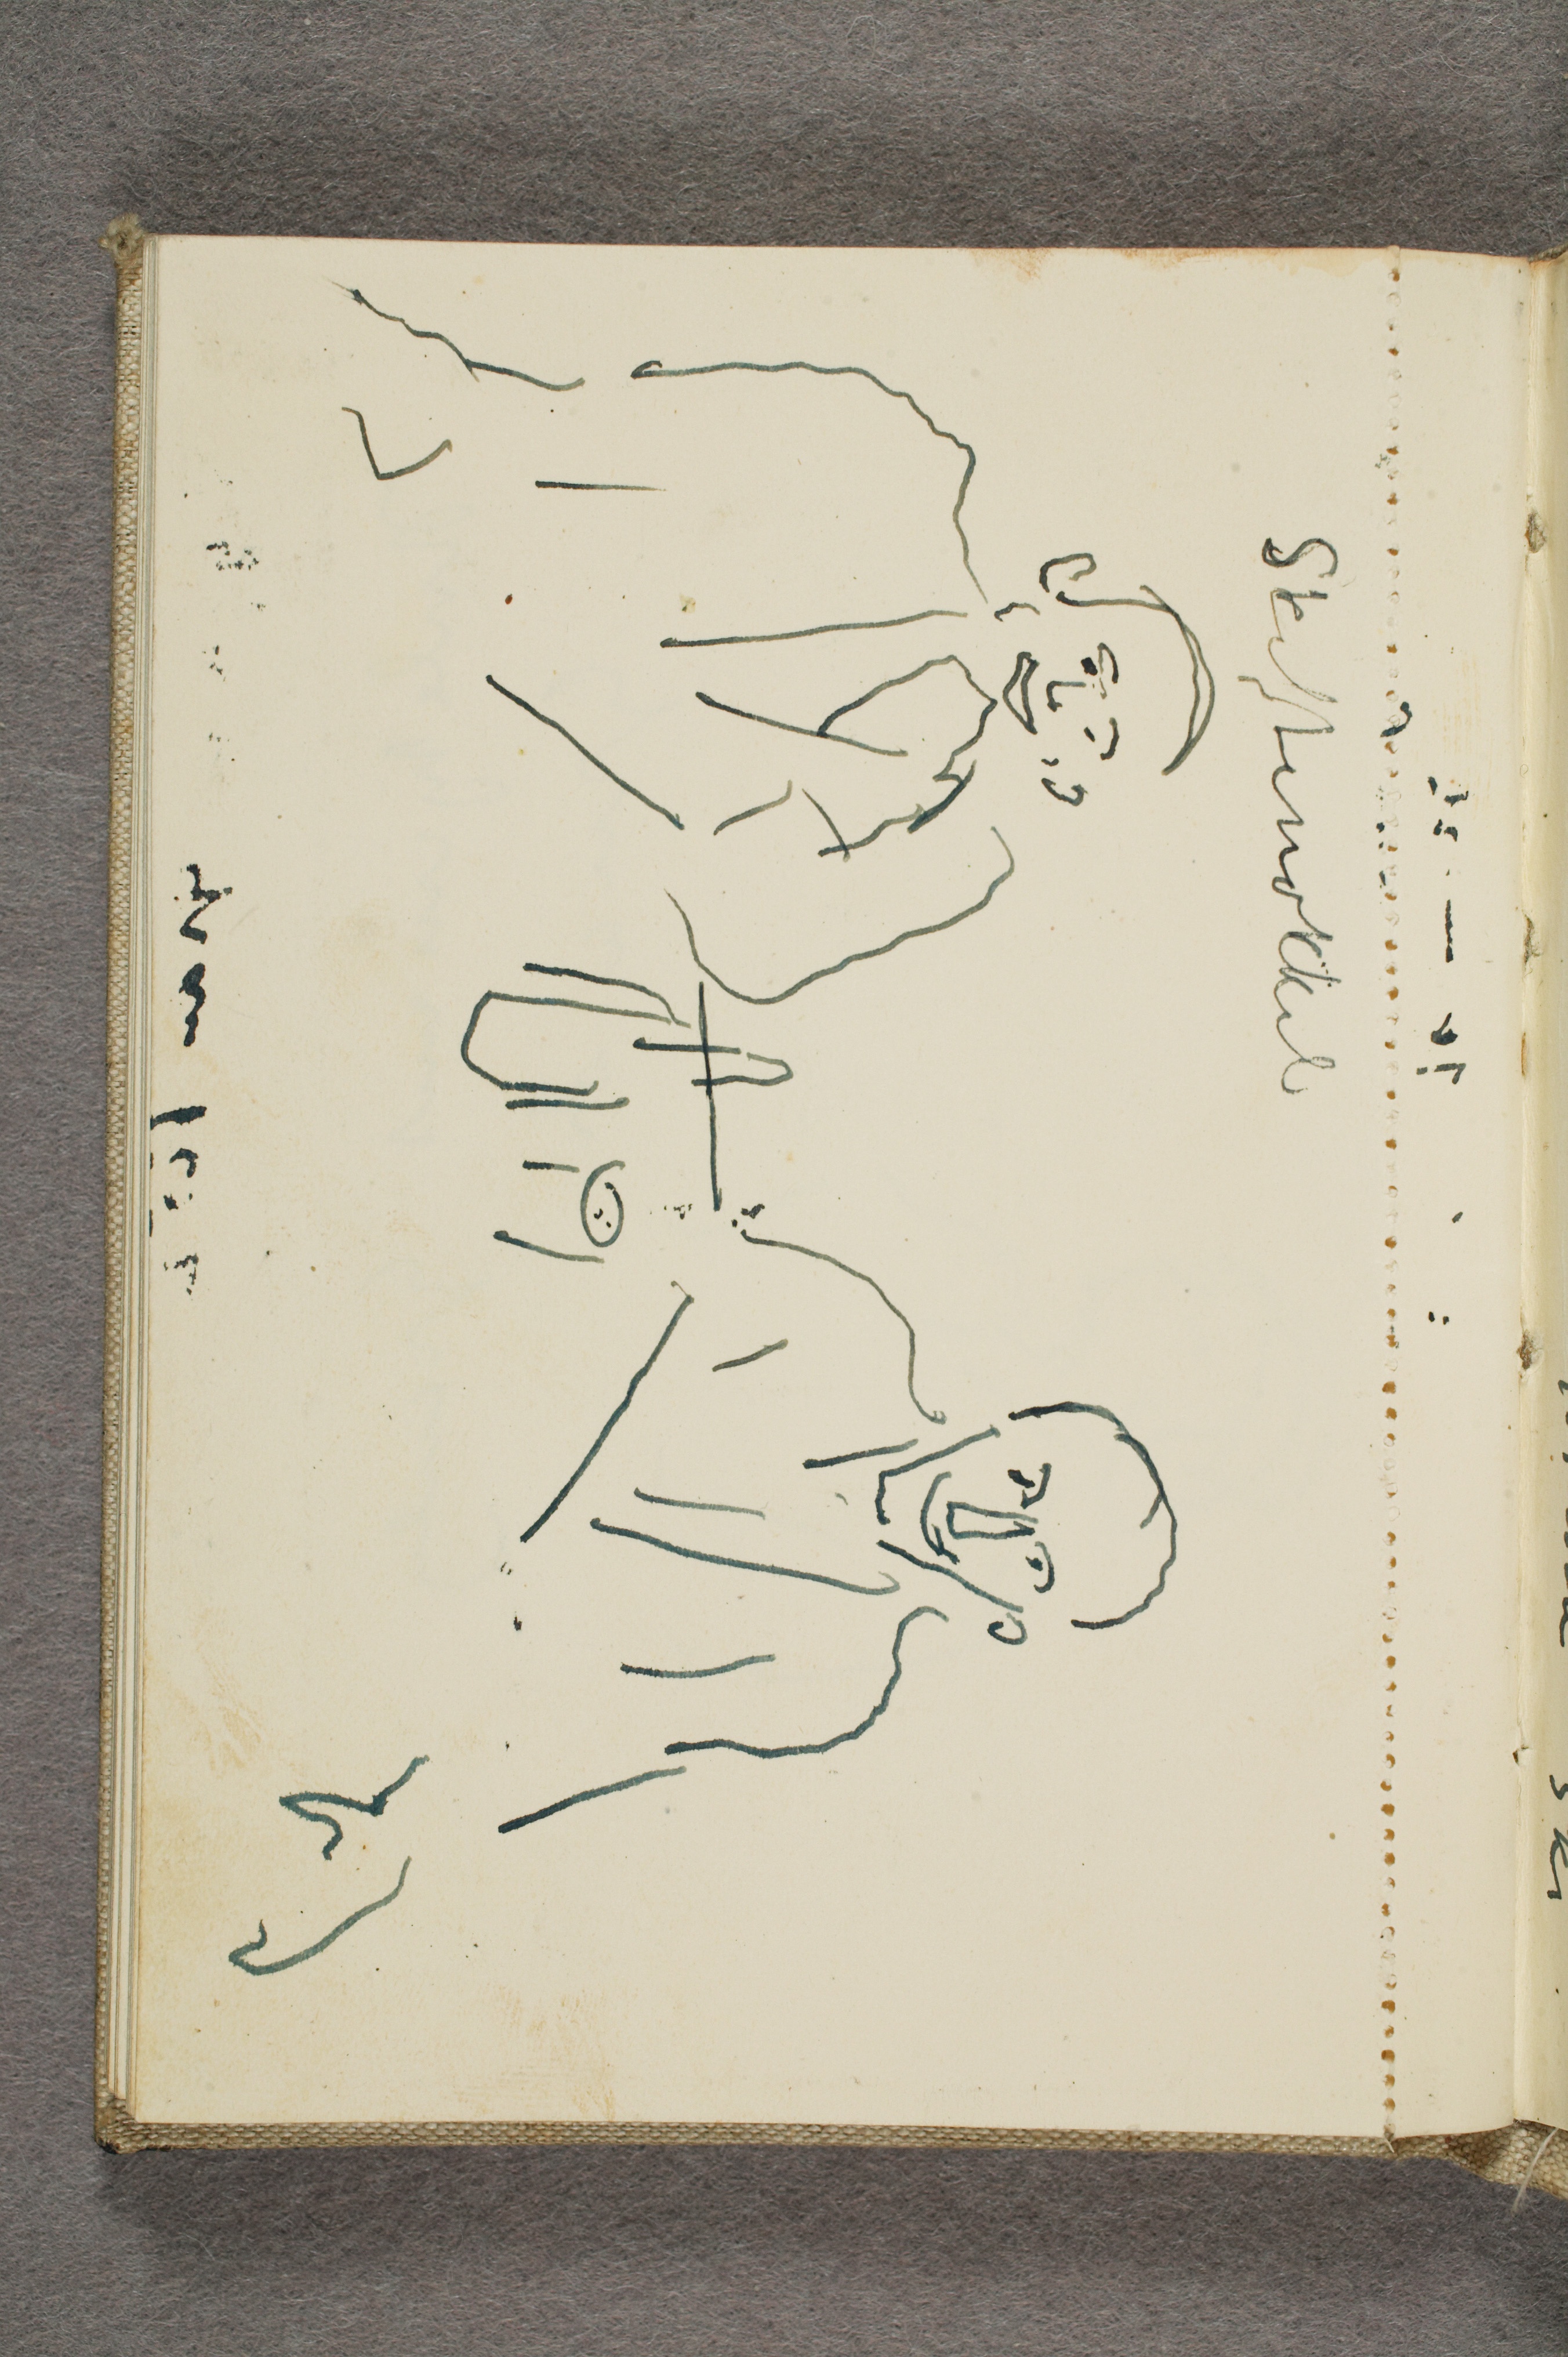
Skiftenøkkel